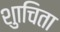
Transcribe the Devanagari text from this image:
शुाचिता